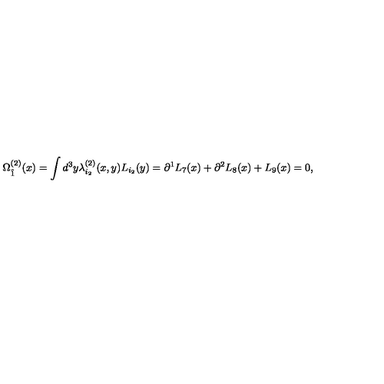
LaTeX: \Omega _ { \hat { 1 } } ^ { ( 2 ) } ( x ) = \int d ^ { 3 } y \lambda _ { i _ { 2 } } ^ { ( 2 ) } ( x , y ) L _ { i _ { 2 } } ( y ) = \partial ^ { 1 } L _ { 7 } ( x ) + \partial ^ { 2 } L _ { 8 } ( x ) + L _ { 9 } ( x ) = 0 ,